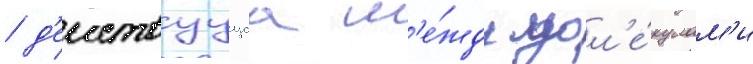
/ д'еиствуущаа м'е́жду мол'е́кулам'и